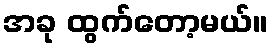
အခု ထွက်တော့မယ်။